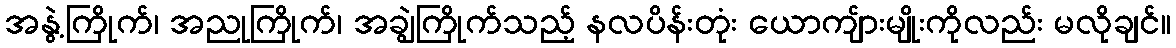
အနွဲ့ကြိုက်၊ အညုကြိုက်၊ အချွဲကြိုက်သည့် နလပိန်းတုံး ယောကျ်ားမျိုးကိုလည်း မလိုချင်။